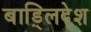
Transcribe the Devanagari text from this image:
बाड़्लिदेश